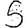
Digit: 5